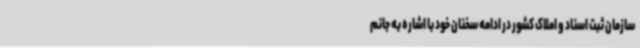
سازمان ثبت اسناد و املاک کشور در ادامه سخنان خود با اشاره به جانم